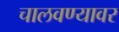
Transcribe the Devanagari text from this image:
चालवण्यावर